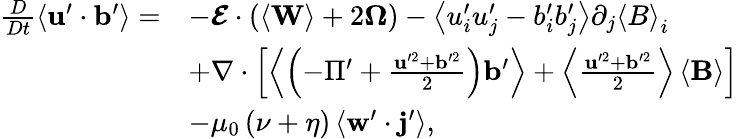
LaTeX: \begin{array}{rl}{\frac{D}{Dt}\left\langle\mathbf{u}^{\prime}\cdot\mathbf{b}^{\prime}\right\rangle=}&{-\boldsymbol{\mathcal{E}}\cdot\left(\left\langle\mathbf{W}\right\rangle+2\boldsymbol{\Omega}\right)-\left\langle u_{i}^{\prime}u_{j}^{\prime}-b_{i}^{\prime}b_{j}^{\prime}\right\rangle\partial_{j}\left\langle B\right\rangle_{i}}\\ &{+\nabla\cdot\left[\left\langle\left(-\Pi^{\prime}+\frac{\mathbf{u}^{\prime 2}+\mathbf{b}^{\prime 2}}{2}\right)\mathbf{b}^{\prime}\right\rangle+\left\langle\frac{\mathbf{u}^{\prime 2}+\mathbf{b}^{\prime 2}}{2}\right\rangle\left\langle\mathbf{B}\right\rangle\right]}\\ &{-\mu_{0}\left(\nu+\eta\right)\left\langle\mathbf{w}^{\prime}\cdot\mathbf{j}^{\prime}\right\rangle,}\end{array}